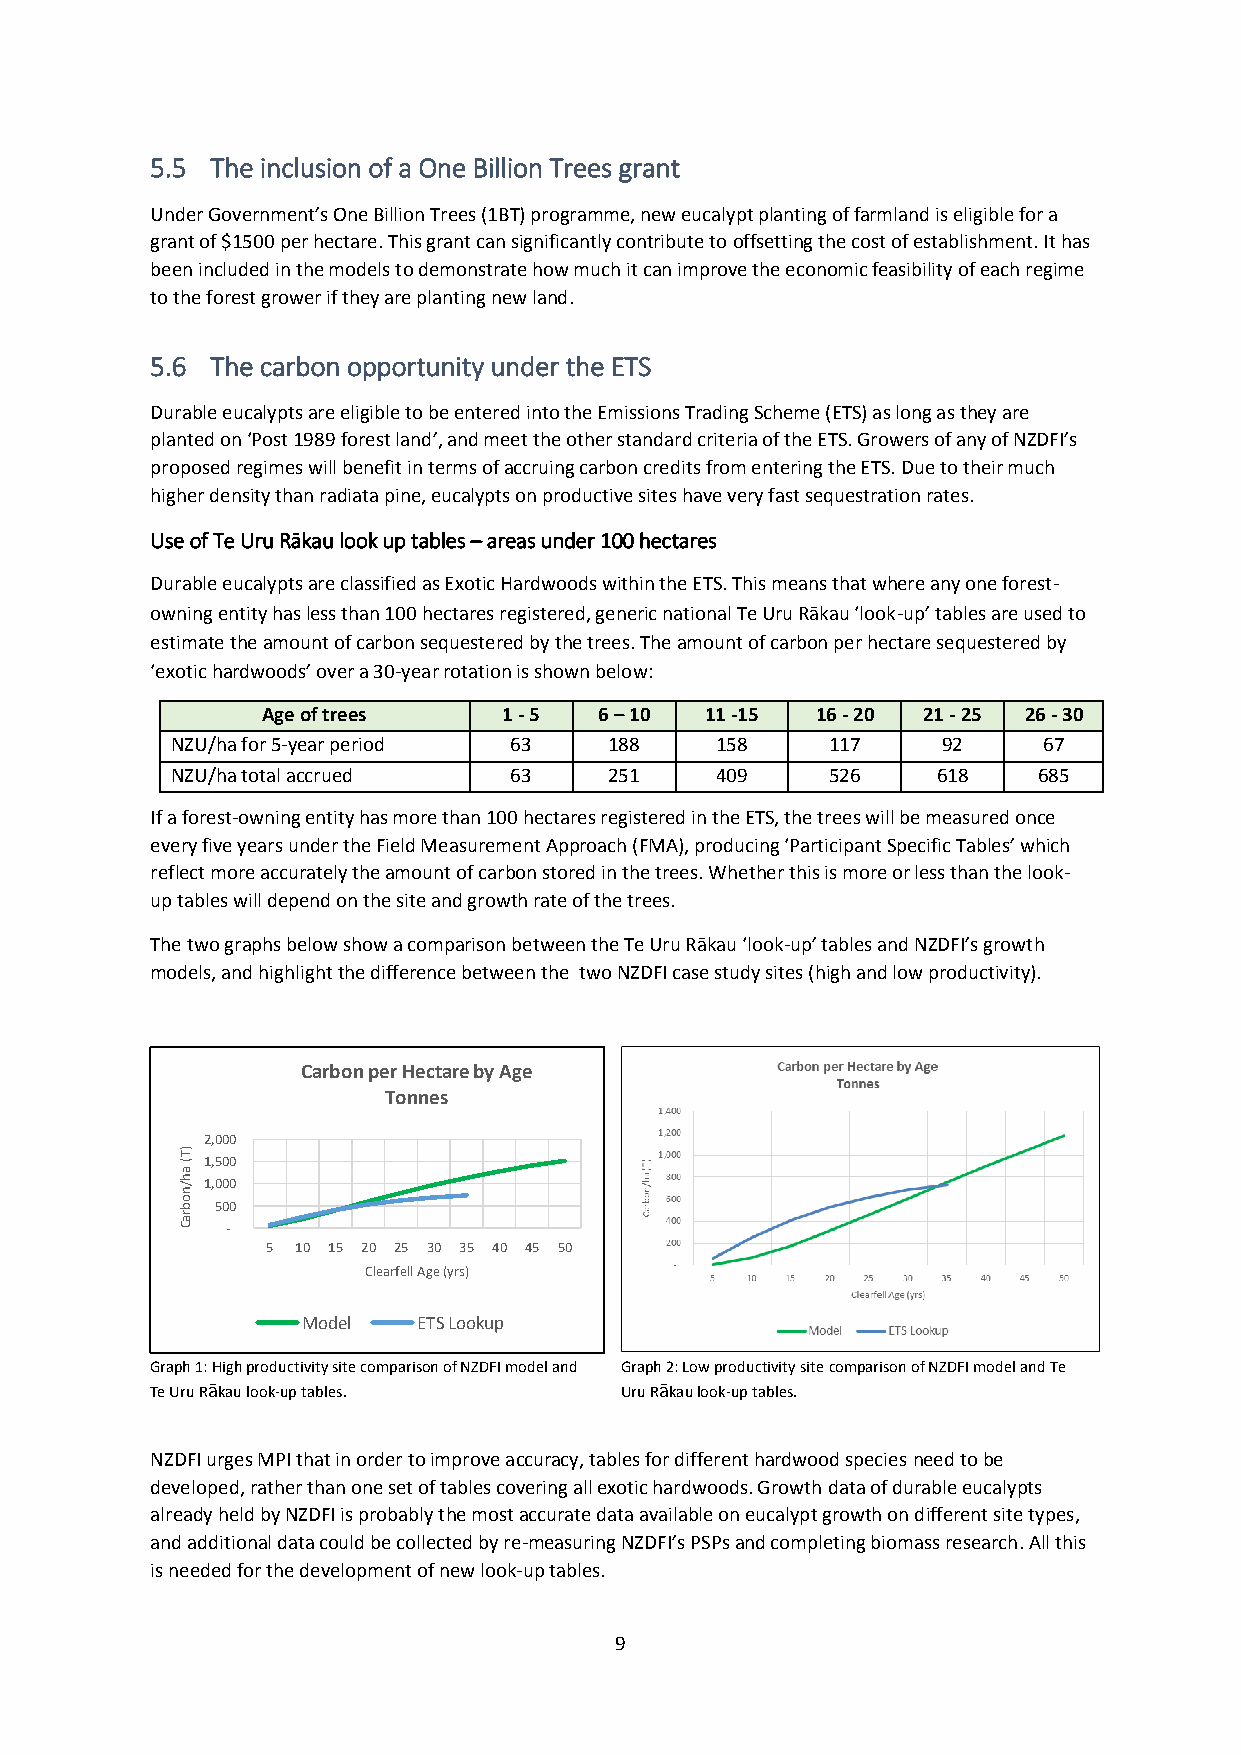
5.5 The inclusion of a One Billion Trees grant
 Under Government’s One Billion Trees (1BT) programme, new eucalypt planting of farmland is eligible for a
 grant of $1500 per hectare. This grant can significantly contribute to offsetting the cost of establishment. It has
 been included in the models to demonstrate how much it can improve the economic feasibility of each regime
 to the forest grower if they are planting new land.
 5.6 The carbon opportunity under the ETS
 Durable eucalypts are eligible to be entered into the Emissions Trading Scheme (ETS) as long as they are
 planted on ‘Post 1989 forest land’, and meet the other standard criteria of the ETS. Growers of any of NZDFI’s
 proposed regimes will benefit in terms of accruing carbon credits from entering the ETS. Due to their much
 higher density than radiata pine, eucalypts on productive sites have very fast sequestration rates.
 Use of Te Uru Rākau look up tables – areas under 100 hectares
 Durable eucalypts are classified as Exotic Hardwoods within the ETS. This means that where any one forest-
 owning entity has less than 100 hectares registered, generic national Te Uru Rākau ‘look-up’ tables are used to
 estimate the amount of carbon sequestered by the trees. The amount of carbon per hectare sequestered by
 ‘exotic hardwoods’ over a 30-year rotation is shown below:
 Age of trees    1 - 5  6 – 10 11 -15 16 - 20 21 - 25 26 - 30
 NZU/ha for 5-year period 63  188    158     117    92     67
 NZU/ha total accrued   63    251    409     526    618    685
 If a forest-owning entity has more than 100 hectares registered in the ETS, the trees will be measured once
 every five years under the Field Measurement Approach (FMA), producing ‘Participant Specific Tables’ which
 reflect more accurately the amount of carbon stored in the trees. Whether this is more or less than the look-
 up tables will depend on the site and growth rate of the trees.
 The two graphs below show a comparison between the Te Uru Rākau ‘look-up’ tables and NZDFI’s growth
 models, and highlight the difference between the two NZDFI case study sites (high and low productivity).
 Carbon per Hectare by Age
 Tonnes
 2,000
 )T
 (
 a
 1,500
 h /n 1,000
 o b 500
 ra
 C  -
 5 10 15 20 25 30 35 40 45 50
 Clearfell Age (yrs)
 Model   ETS Lookup
 Graph 1: High productivity site comparison of NZDFI model and Graph 2: Low productivity site comparison of NZDFI model and Te
 Te Uru Rākau look-up tables.   Uru Rākau look-up tables.
 NZDFI urges MPI that in order to improve accuracy, tables for different hardwood species need to be
 developed, rather than one set of tables covering all exotic hardwoods. Growth data of durable eucalypts
 already held by NZDFI is probably the most accurate data available on eucalypt growth on different site types,
 and additional data could be collected by re-measuring NZDFI’s PSPs and completing biomass research. All this
 is needed for the development of new look-up tables.
 9